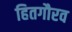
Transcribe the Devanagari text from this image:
हितगौरव